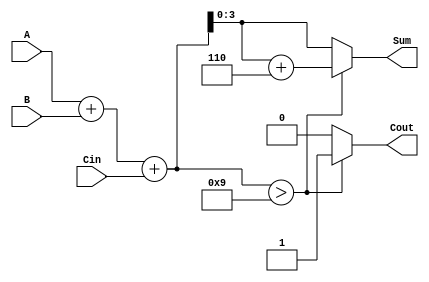
module BCD_Fast_Adder (
    input  [3:0] A,      // First BCD digit
    input  [3:0] B,      // Second BCD digit
    input        Cin,     // Carry input
    output reg [3:0] Sum, // Resulting BCD digit
    output reg Cout       // Carry output
);

    wire [4:0] Temp_Sum; // Temporary sum (5 bits to accommodate overflow)
    wire correction_needed; // Signal to indicate if correction is needed

    // Step 1: Perform binary addition
    assign Temp_Sum = A + B + Cin;

    // Step 2: Check if correction is needed (Temp_Sum > 9)
    assign correction_needed = Temp_Sum > 5'd9;

    // Step 3: Assign outputs based on correction
    always @(*) begin
        if (correction_needed) begin
            Sum = Temp_Sum + 5'd6; // Correct the sum by adding 6
            Cout = 1;              // Set carry output
        end else begin
            Sum = Temp_Sum[3:0];   // Valid BCD result
            Cout = 0;              // No carry out
        end
    end

endmodule